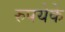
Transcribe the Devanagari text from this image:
रुपयेके